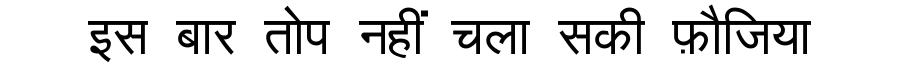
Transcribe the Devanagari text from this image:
इस बार तोप नहीं चला सकी फ़ौजिया